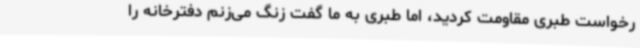
رخواست طبری مقاومت کردید، اما طبری به ما گفت زنگ می‌زنم دفترخانه را